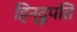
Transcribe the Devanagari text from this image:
हिन्दूपति